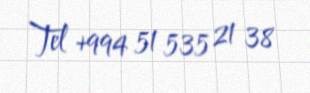
Tel +994 51 535 21 38